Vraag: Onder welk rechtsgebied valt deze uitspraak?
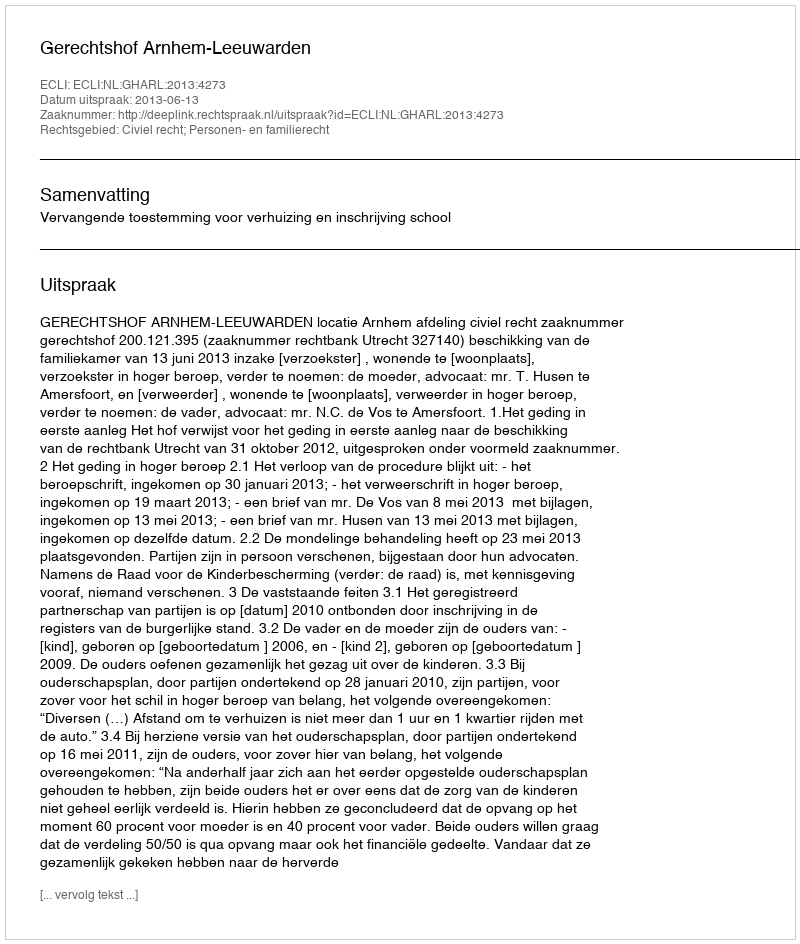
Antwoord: Civiel recht; Personen- en familierecht